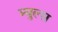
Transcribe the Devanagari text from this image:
म्युल्स